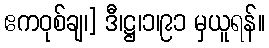
ဧကဝုစ်ချ၊] ဒီ၊ဋ္ဌ၊၁၊၉၁ မှယူရန်။